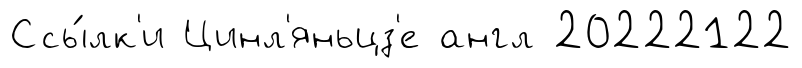
Ссы́лк'и Цинл'яньцз'е англ 20222122